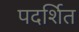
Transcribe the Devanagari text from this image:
पदर्शित